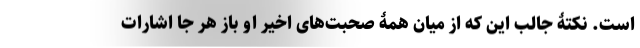
است. نکتۀ جالب این که از میان همۀ صحبت‌های اخیر او باز هر جا اشارات